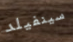
سينفيلد